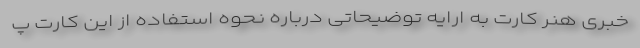
خبری هنر کارت به ارایه توضیحاتی درباره نحوه استفاده از این کارت پ